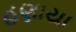
હણાયા